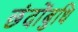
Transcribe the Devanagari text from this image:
छंदोंबुधि